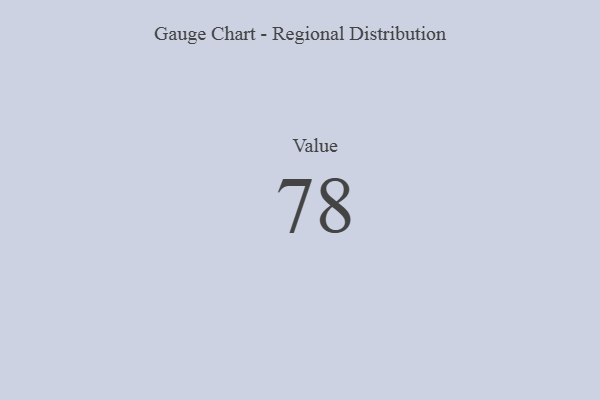
{"axis": {"x": "Metric", "y": "Value"}, "legend": [""], "data": [{"x": "Value", "y": 78, "type": ""}]}